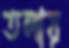
তলায়